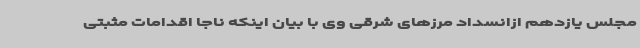
مجلس یازدهم ازانسداد مرزهای شرقی وی با بیان اینکه ناجا اقدامات مثبتی